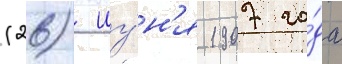
(26) иу́н'я 1907 го́да